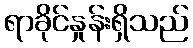
ရာခိုင်နှုန်းရှိသည်